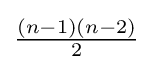
{\tfrac {(n-1)(n-2)}{2}}